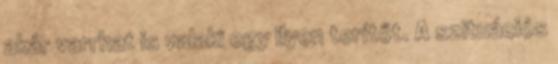
akár varrhat is valaki egy ilyen terítőt. A szituációs